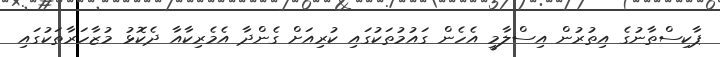
ޕާކިސްތާނުގެ އިތުރުން އިސްލާމީ އެހެން ގައުމުތަކުގައި ކުރިއަށް ގެންދާ އެމެރިކާއާ ދެކޮޅު މުޒާހަރާތަކުގައި